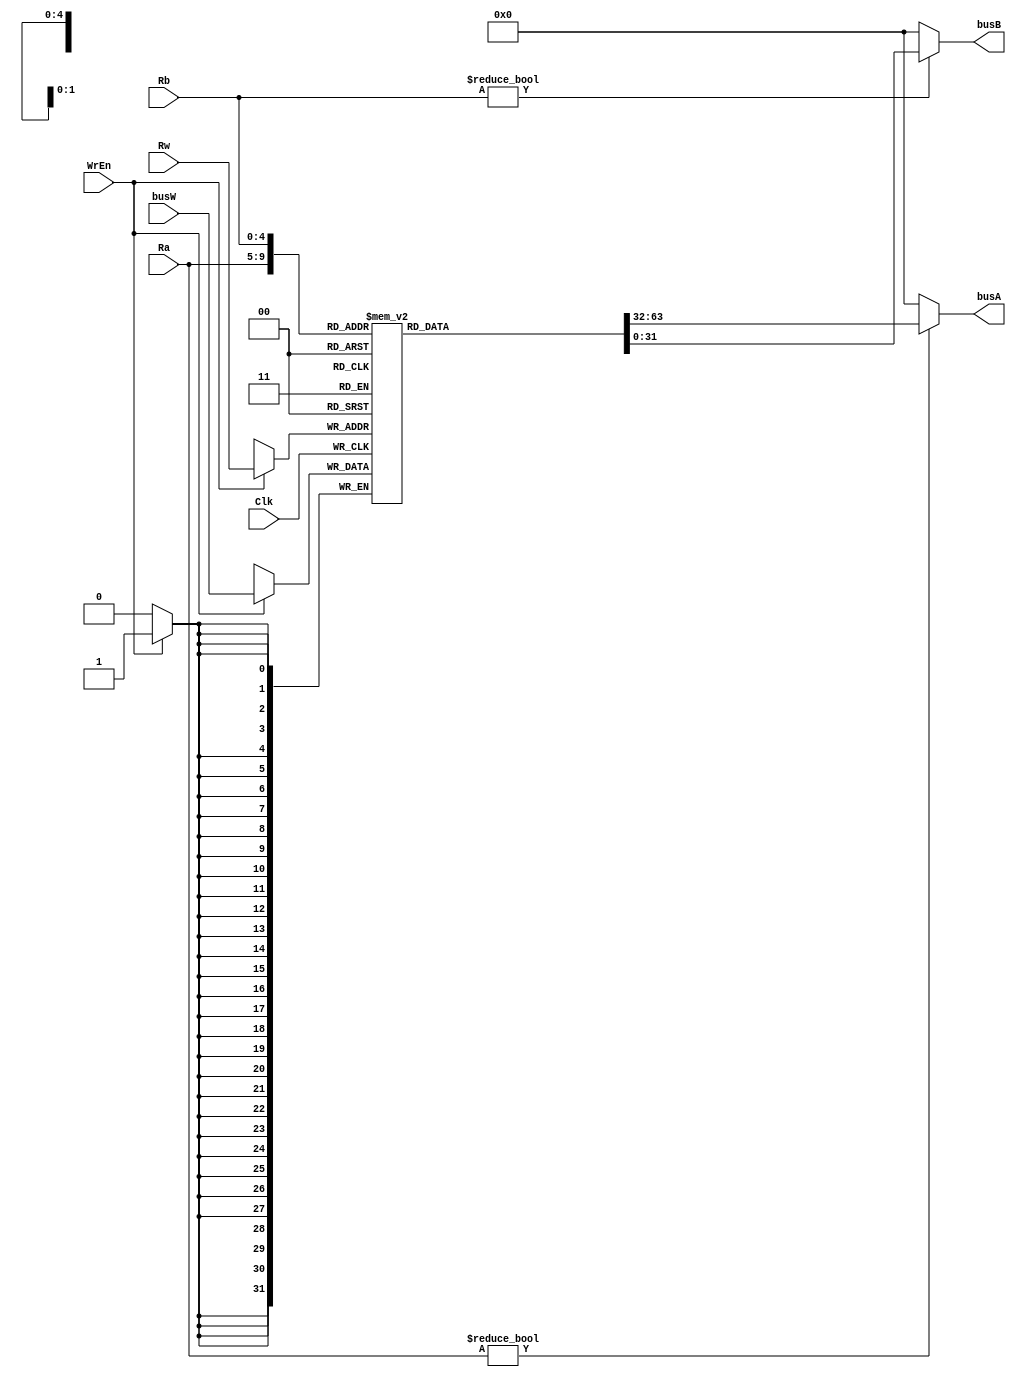

module rf(Clk,WrEn,Ra,Rb,Rw,busW,busA,busB);//que shao R
	input Clk;
	input WrEn;
	input [4:0]Ra,Rb,Rw;
	input [31:0]busW;
	output [31:0]busA,busB;
	
	reg [31:0] R[0:31];

	integer i;
	initial begin		
		for (i=0;i<32;i=i+1) R[i] = 0;
		R[10] = 32'd7;
		R[11] = 32'd15;
	end
	always @(posedge Clk)	begin
		if(WrEn) R[Rw] <= busW;	
		$display("R[10] = %h ",R[10]);
	end

	assign busA = (Ra != 0)? R[Ra]:0;
	assign busB = (Rb != 0)? R[Rb]:0;
endmodule